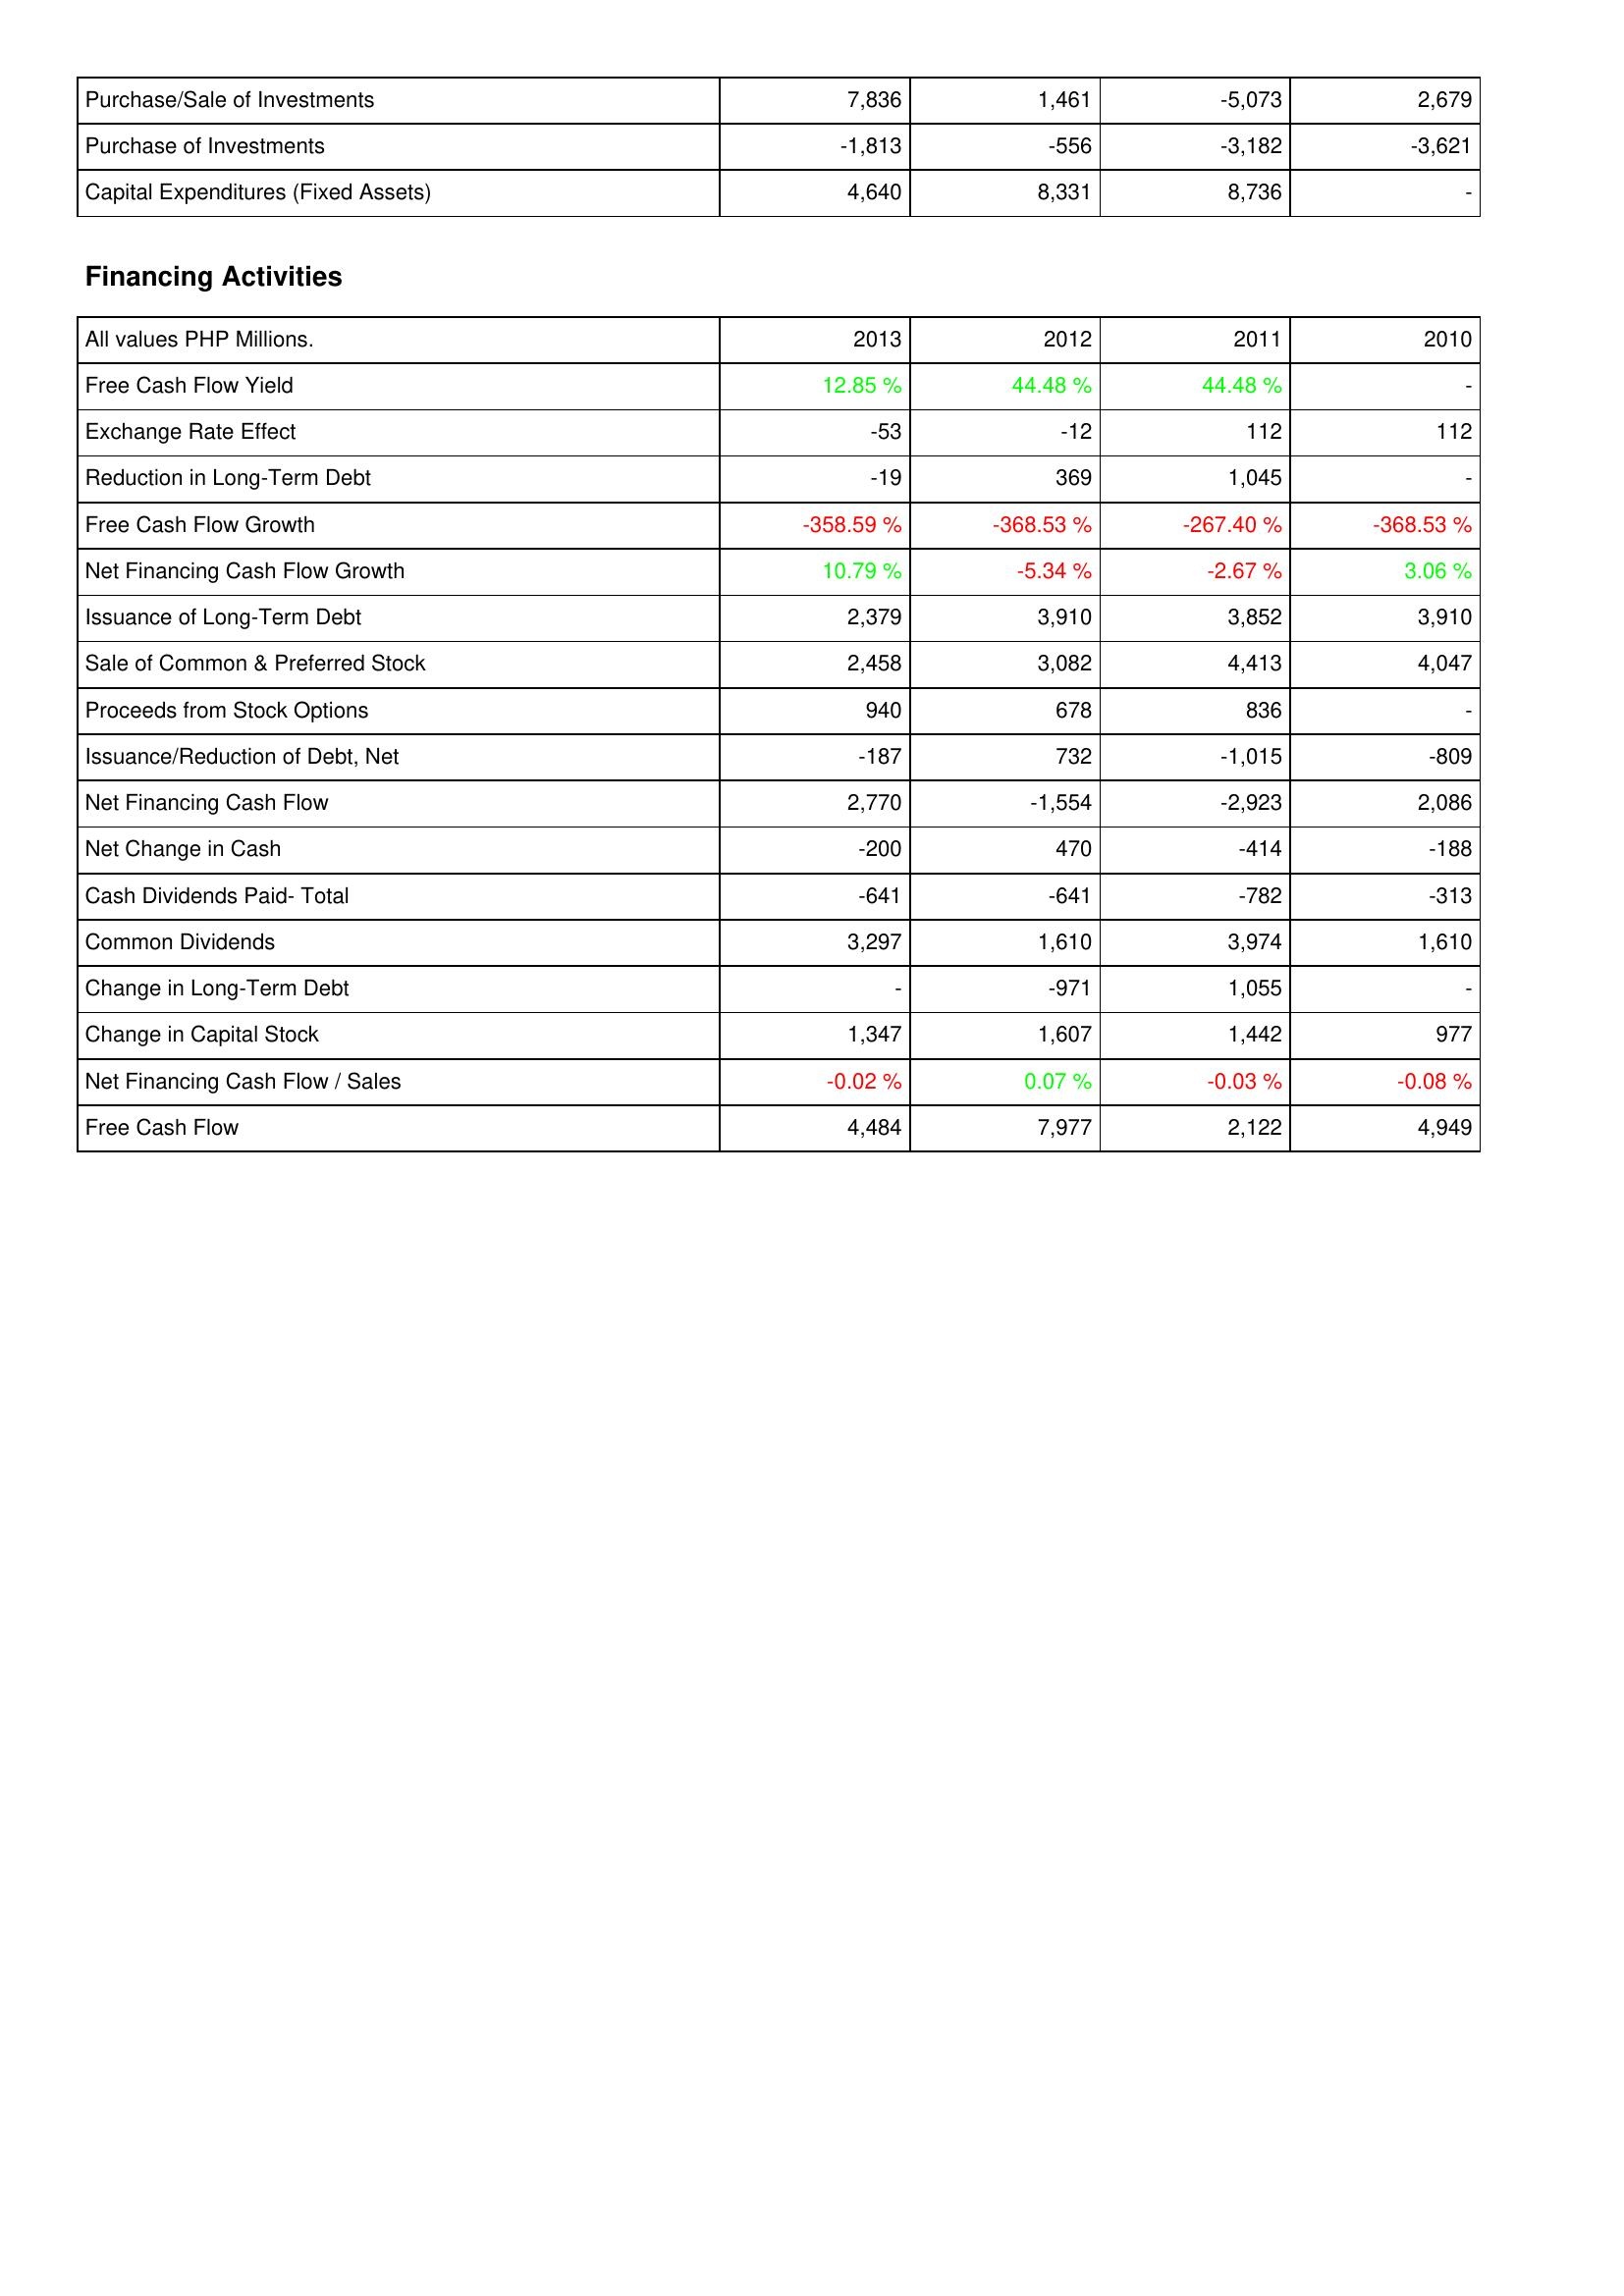
2013: Investing Activities: Purchase/Sale of Investments: 7,836
Purchase of Investments: -1,813
Capital Expenditures (Fixed Assets): 4,640
Financing Activities: Free Cash Flow Yield: 12.85 %
Exchange Rate Effect: -53
Reduction in Long-Term Debt: -19
Free Cash Flow Growth: -358.59 %
Net Financing Cash Flow Growth: 10.79 %
Issuance of Long-Term Debt: 2,379
Sale of Common & Preferred Stock: 2,458
Proceeds from Stock Options: 940
Issuance/Reduction of Debt, Net: -187
Net Financing Cash Flow: 2,770
Net Change in Cash: -200
Cash Dividends Paid- Total: -641
Common Dividends: 3,297
Change in Long-Term Debt: -
Change in Capital Stock: 1,347
Net Financing Cash Flow / Sales: -0.02 %
Free Cash Flow: 4,484
2012: Investing Activities: Purchase/Sale of Investments: 1,461
Purchase of Investments: -556
Capital Expenditures (Fixed Assets): 8,331
Financing Activities: Free Cash Flow Yield: 44.48 %
Exchange Rate Effect: -12
Reduction in Long-Term Debt: 369
Free Cash Flow Growth: -368.53 %
Net Financing Cash Flow Growth: -5.34 %
Issuance of Long-Term Debt: 3,910
Sale of Common & Preferred Stock: 3,082
Proceeds from Stock Options: 678
Issuance/Reduction of Debt, Net: 732
Net Financing Cash Flow: -1,554
Net Change in Cash: 470
Cash Dividends Paid- Total: -641
Common Dividends: 1,610
Change in Long-Term Debt: -971
Change in Capital Stock: 1,607
Net Financing Cash Flow / Sales: 0.07 %
Free Cash Flow: 7,977
2011: Investing Activities: Purchase/Sale of Investments: -5,073
Purchase of Investments: -3,182
Capital Expenditures (Fixed Assets): 8,736
Financing Activities: Free Cash Flow Yield: 44.48 %
Exchange Rate Effect: 112
Reduction in Long-Term Debt: 1,045
Free Cash Flow Growth: -267.40 %
Net Financing Cash Flow Growth: -2.67 %
Issuance of Long-Term Debt: 3,852
Sale of Common & Preferred Stock: 4,413
Proceeds from Stock Options: 836
Issuance/Reduction of Debt, Net: -1,015
Net Financing Cash Flow: -2,923
Net Change in Cash: -414
Cash Dividends Paid- Total: -782
Common Dividends: 3,974
Change in Long-Term Debt: 1,055
Change in Capital Stock: 1,442
Net Financing Cash Flow / Sales: -0.03 %
Free Cash Flow: 2,122
2010: Investing Activities: Purchase/Sale of Investments: 2,679
Purchase of Investments: -3,621
Capital Expenditures (Fixed Assets): -
Financing Activities: Free Cash Flow Yield: -
Exchange Rate Effect: 112
Reduction in Long-Term Debt: -
Free Cash Flow Growth: -368.53 %
Net Financing Cash Flow Growth: 3.06 %
Issuance of Long-Term Debt: 3,910
Sale of Common & Preferred Stock: 4,047
Proceeds from Stock Options: -
Issuance/Reduction of Debt, Net: -809
Net Financing Cash Flow: 2,086
Net Change in Cash: -188
Cash Dividends Paid- Total: -313
Common Dividends: 1,610
Change in Long-Term Debt: -
Change in Capital Stock: 977
Net Financing Cash Flow / Sales: -0.08 %
Free Cash Flow: 4,949